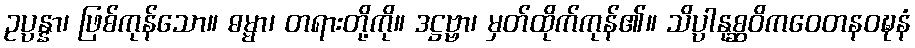
ဥပ္ပန္နာ၊ ဖြစ်ကုန်သော။ ဓမ္မာ၊ တရားတို့ကို။ ဒဋ္ဌဗ္ဗာ၊ မှတ်ထိုက်ကုန်၏။ သိပ္ပါနုစ္ဆဝိကဝေတနဝဍ္ဎနံ